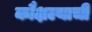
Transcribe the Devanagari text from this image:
कौक्षल्याची